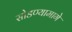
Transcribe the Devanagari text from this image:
सोडण्यामागे